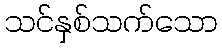
သင်နှစ်သက်သော